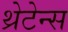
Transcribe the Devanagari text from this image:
थ्रेटेन्स